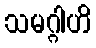
သမဂ္ဂါဟိ